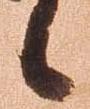
候